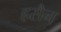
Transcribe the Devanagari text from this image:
हसैन